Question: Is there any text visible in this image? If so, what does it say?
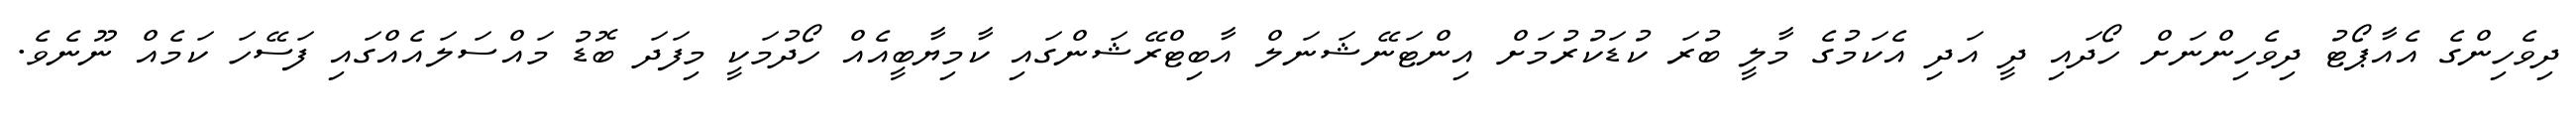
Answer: ދިވެހިންގެ އެއާޕޯޓު ދިވެހިންނަށް ހޯދައި ދީ އަދި އެކަމުގެ މާލީ ބުރަ ކުޑަކުރުމަށް އިންޓަނޭޝަނަލް އާބިޓްރޭޝަންގައި ކާމިޔާބީއެއް ހޯދުމަކީ މިފަދަ ބޮޑު މައްސަލައެއްގައި ފަސޭހަ ކަމެއް ނޫނެވެ.